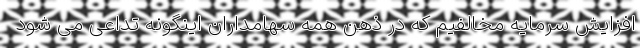
افزایش سرمایه مخالفیم که در ذهن همه سهامداران اینگونه تداعی می ‌شود